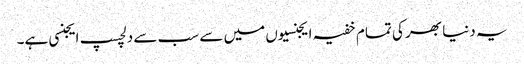
یہ دنیا بھر کی تمام خفیہ ایجنسیوں میں سے سب سے دلچسپ ایجنسی ہے۔